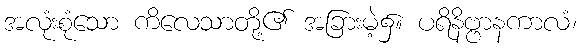
အလုံးစုံသော ကိလေသာတို့၏ အခြားမဲ့၌။ ပရိနိဗ္ဗာနကာလံ၊